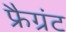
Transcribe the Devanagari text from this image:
फ्रैग्रंट